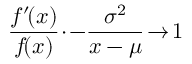
{ \frac { f ^ { \prime } \! ( x ) } { f \! ( x ) } } \! \cdot \! - \! \, { \frac { \sigma ^ { 2 } } { x - \mu } } \! \to \! 1